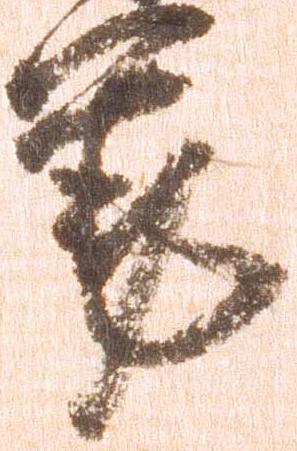
筆